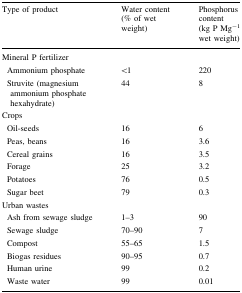
| Type of product | Water content (% of wet weight) | Phosphorus content (kg P Mg−1 wet weight) |
 | --- | --- | --- |
 | Mineral P fertilizer |  |  |
 | Ammonium phosphate | <1 | 220 |
 | Struvite (magnesium ammonium phosphate hexahydrate) | 44 | 8 |
 | Crops |  |  |
 | Oil-seeds | 16 | 6 |
 | Peas, beans | 16 | 3.6 |
 | Cereal grains | 16 | 3.5 |
 | Forage | 25 | 3.2 |
 | Potatoes | 76 | 0.5 |
 | Sugar beet | 79 | 0.3 |
 | Urban wastes |  |  |
 | Ash from sewage sludge | 1–3 | 90 |
 | Sewage sludge | 70–90 | 7 |
 | Compost | 55–65 | 1.5 |
 | Biogas residues | 90–95 | 0.7 |
 | Human urine | 99 | 0.2 |
 | Waste water | 99 | 0.01 |